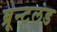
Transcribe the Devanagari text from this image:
ब्रून्टलंड